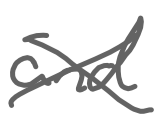
Text: and
Cross-out: cross
Writing tool: digital_gray